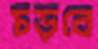
চড়বে